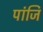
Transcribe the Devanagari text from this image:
पांजि